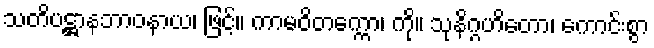
သတိပဋ္ဌာနဘာဝနာယ၊ ဖြင့်။ ကာမဝိတက္ကော၊ ကို။ သုနိဂ္ဂဟိတော၊ ကောင်းစွာ